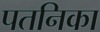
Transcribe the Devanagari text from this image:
पतनिका